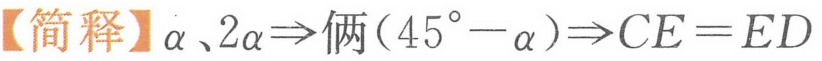
【简释】\(\alpha、2\alpha\Rightarrow\)俩\((45^{\circ}-\alpha)\Rightarrow CE = ED\)